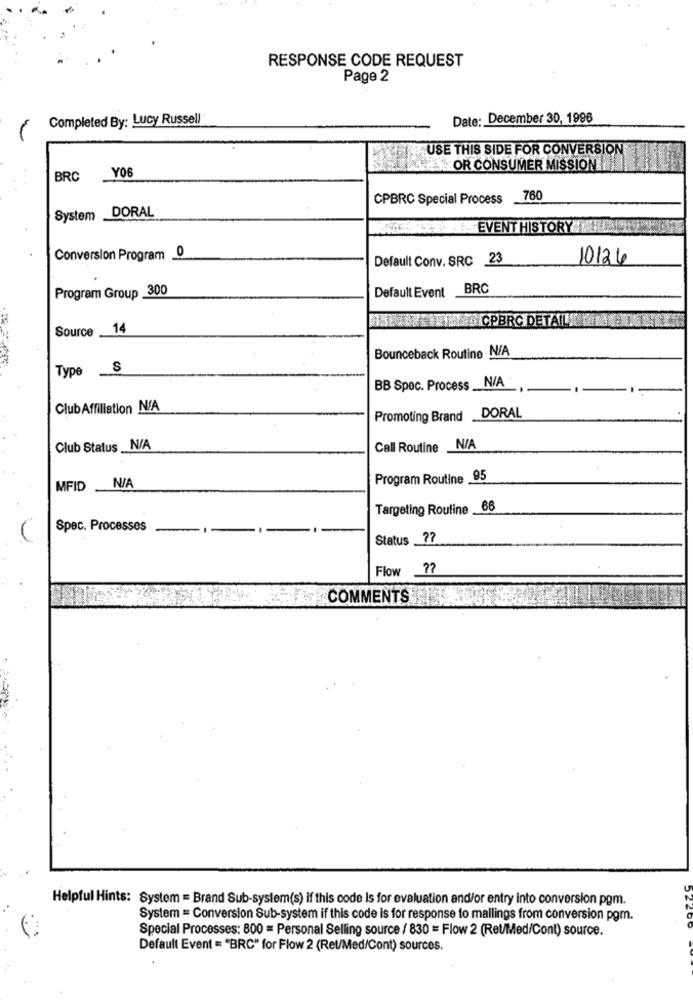
RESPONSE CODE REQUEST
Page 2
Completed By: Lucy Russell
Date: December 30, 1996
USE THIS SIDE FOR CONVERSION
OR CONSUMER MISSION
BRC
YOU
CPBRC Special Process
760
System DORAL
EVENT HISTORY !!!
Conversion Program 0
Default Conv. SRC 23
10126
Program Group 300
Default Event
BRC
ANBEIMEG CPBRC DETALLAIT
Source _14
Bounceback Routine N/A
Type
S
BB Spec. Process __
ClubAffiliation N/A
Promoting Brand DORAL
Club Status _N/A
Call Routine N/A
Program Routine 95
MFID
Targeting Routine _66
Spec. Processes
Status _77
Flow
COMMENTS
Helpful Hints: System = Brand Sub-system(s) if this code Is for evaluation and/or entry into conversion pgm.
System = Conversion Sub-system if this code is for response to mallings from conversion pgm.
Special Processes: 800 = Personal Selling source / 830 = Flow 2 (Ret/Med/Cont) source.
Default Event = "BRC" for Flow 2 (Ret/Med/Cont) sources.